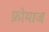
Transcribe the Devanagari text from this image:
फ्रोमाज